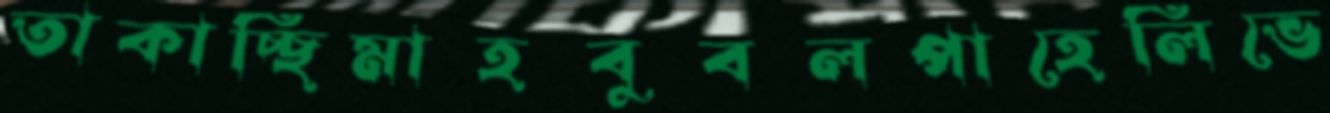
তাকাচ্ছিমাহবুবলপাহেলিভে